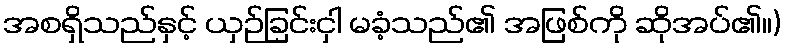
အစရှိသည်နှင့် ယှဉ်ခြင်းငှါ မခံ့သည်၏ အဖြစ်ကို ဆိုအပ်၏။)